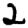
Digit: 2